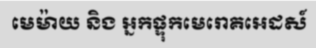
មេម៉ាយ និង អ្នកផ្ទុកមេរោគអេដស៍